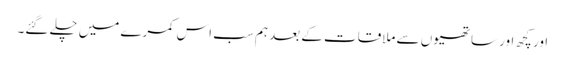
اور کچھ اور ساتھیوں سے ملاقات کے بعد ہم سب اس کمرے میں چلے گئے۔